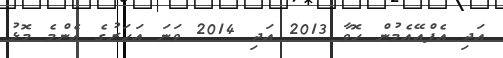
އަދި އެފްއޭއެމުން ހޮވާ 2013 އަދި 2014 ވަނަ އަހަރުގެ އެންމެ މޮޅު